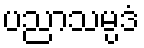
ပညာသမ္ပဒံ